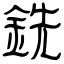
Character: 銑